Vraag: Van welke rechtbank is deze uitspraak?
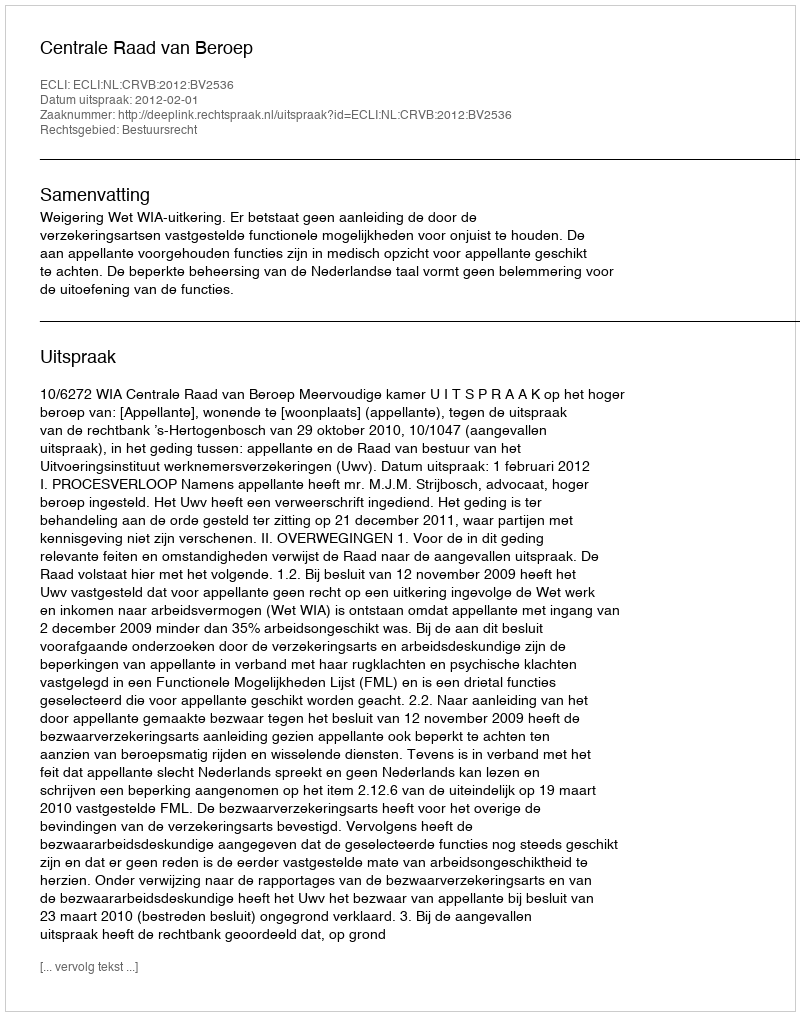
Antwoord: Centrale Raad van Beroep